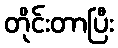
တိုင်းတာပြီး